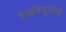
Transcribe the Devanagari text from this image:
आईक्यूपीसी